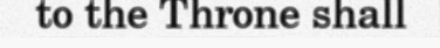
to the Throne shall